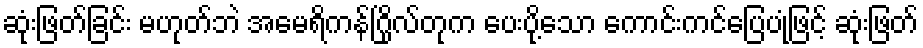
ဆုံးဖြတ်ခြင်း မဟုတ်ဘဲ အမေရိကန်ဂြိုလ်တုက ပေးပို့သော ကောင်းကင်ပြေပုံဖြင့် ဆုံးဖြတ်